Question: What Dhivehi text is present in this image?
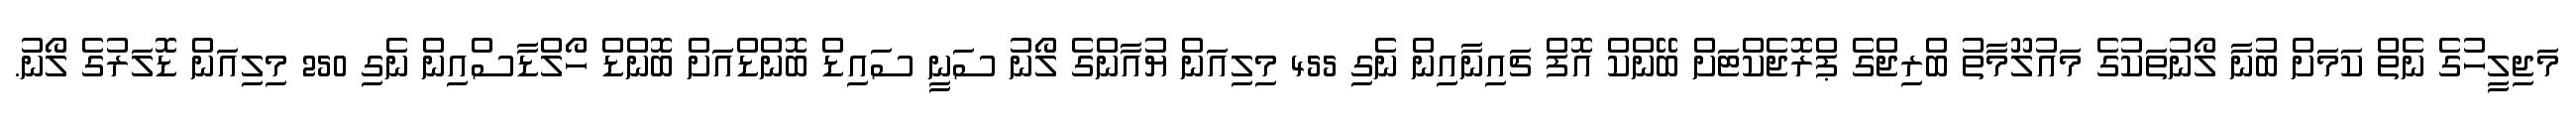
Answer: މަޖިލީހުގެ ނެތް ކަމަށް ބުނާ ލޯނުތަކުގެ މައުލޫމާތު ބްރިޖްގެ ޕްރޮޖެކްޓަށް ބޭންކް އޮފް ޗައިނާއިން ނެގި 455 މިލިއަން ޔުއާންގެ ލޯނު ސަނީ ސައިޑް ބޮންޑްއަށް ބޮންޑް ހޯލްޑާސްއިން ނެގި 250 މިލިއަން ޑޮލަރުގެ ލޯނު.